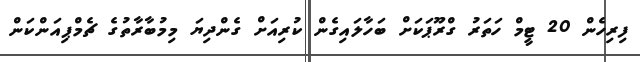
ފިރިހެން 20 ޓީމް ހަތަރު ގްރޫޕަކަށް ބަހާލައިގެން ކުރިއަށް ގެންދިޔަ މިމުބާރާތުގެ ޗެމްޕިއަންކަން